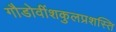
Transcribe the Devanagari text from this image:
गौडोवींशकुलप्रशस्ति